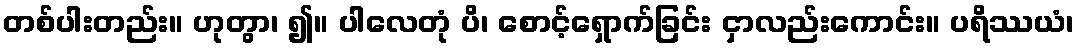
တစ်ပါးတည်း။ ဟုတွာ၊ ၍။ ပါလေတုံ ပိ၊ စောင့်ရှောက်ခြင်း ငှာလည်းကောင်း။ ပရိဿယံ၊